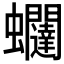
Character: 𧖆